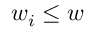
w _ { i } \leq w